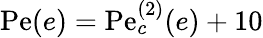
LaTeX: \mathrm{Pe}(e)=\mathrm{Pe}_{c}^{(2)}(e)+10